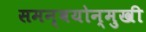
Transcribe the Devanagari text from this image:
समन्वयोन्मुखी